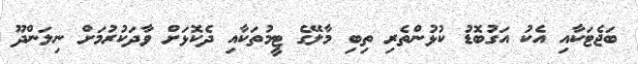
ބަޖެޓަކާއި އެކު އަގުބޮޑު ކުޅުންތެރި ތިބި މާލޭގެ ޓީމުތަކާއި ދެކޮޅަށް ވާދަކުރުމަށް ނިލަންދޫ